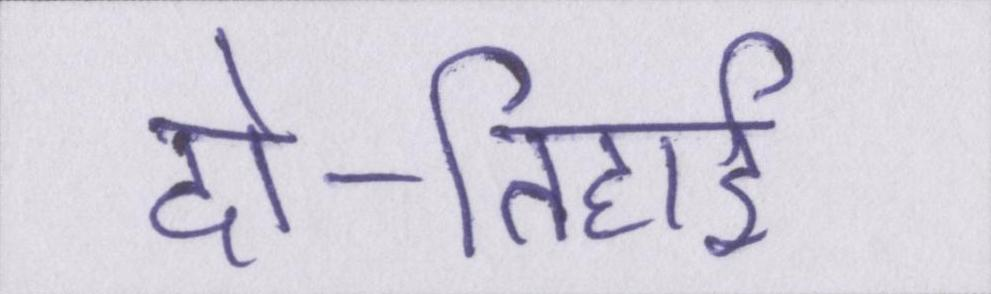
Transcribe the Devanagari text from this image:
दो-तिहाई